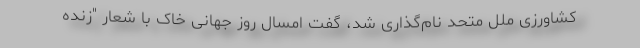
کشاورزی ملل متحد نام‌گذاری شد، گفت امسال روز جهانی خاک با شعار "زنده